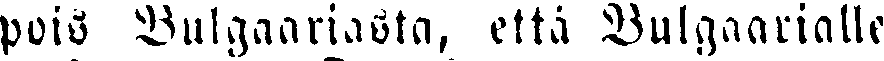
pois Bulgaariasta, että Bulgaarialle